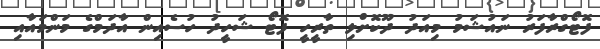
ފޮޓޯގްރާފަރު ނައުޝަމު މިއަދު ދޫކޮށްލި ތާރީހީ ފޮޓޯ ޝަހީދު ހުސެއިން އާދަމްގެ މަންމައާއި